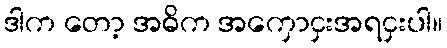
ဒါက တော့ အဓိက အကှောငှးအရငှးပါ။